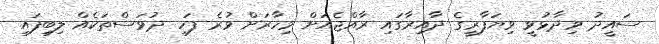
ސައީދު ވިދާޅުވީ ވިޔަފާރީގެ ދާއިރާގައި ރާއްޖެއަށް މިހާރަށް ވުރެ ފަހި ދުވަސްތަކެއް ލިބިފައި